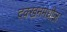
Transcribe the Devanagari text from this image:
दक्खनमधील